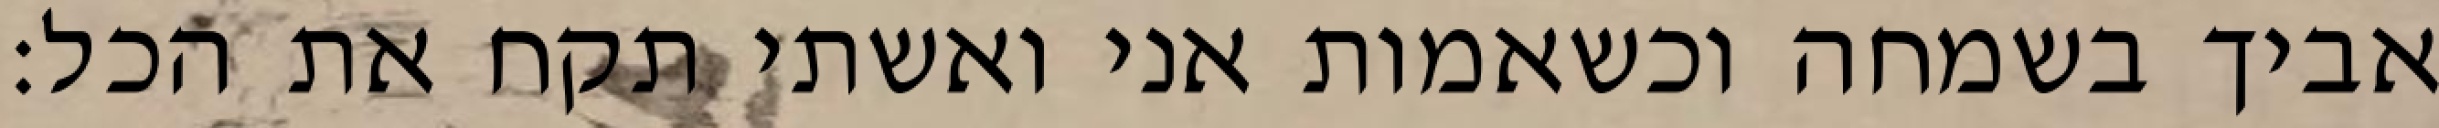
אביך בשמחה וכשאמות אני ואשתי תקח את הכל: